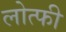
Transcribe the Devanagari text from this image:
लोत्फी